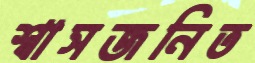
শ্বাসজনিত